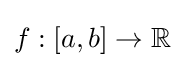
f:[a,b]\to \mathbb {R}